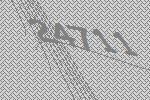
24711